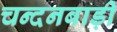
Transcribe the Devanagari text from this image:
चन्दनबाड़ी